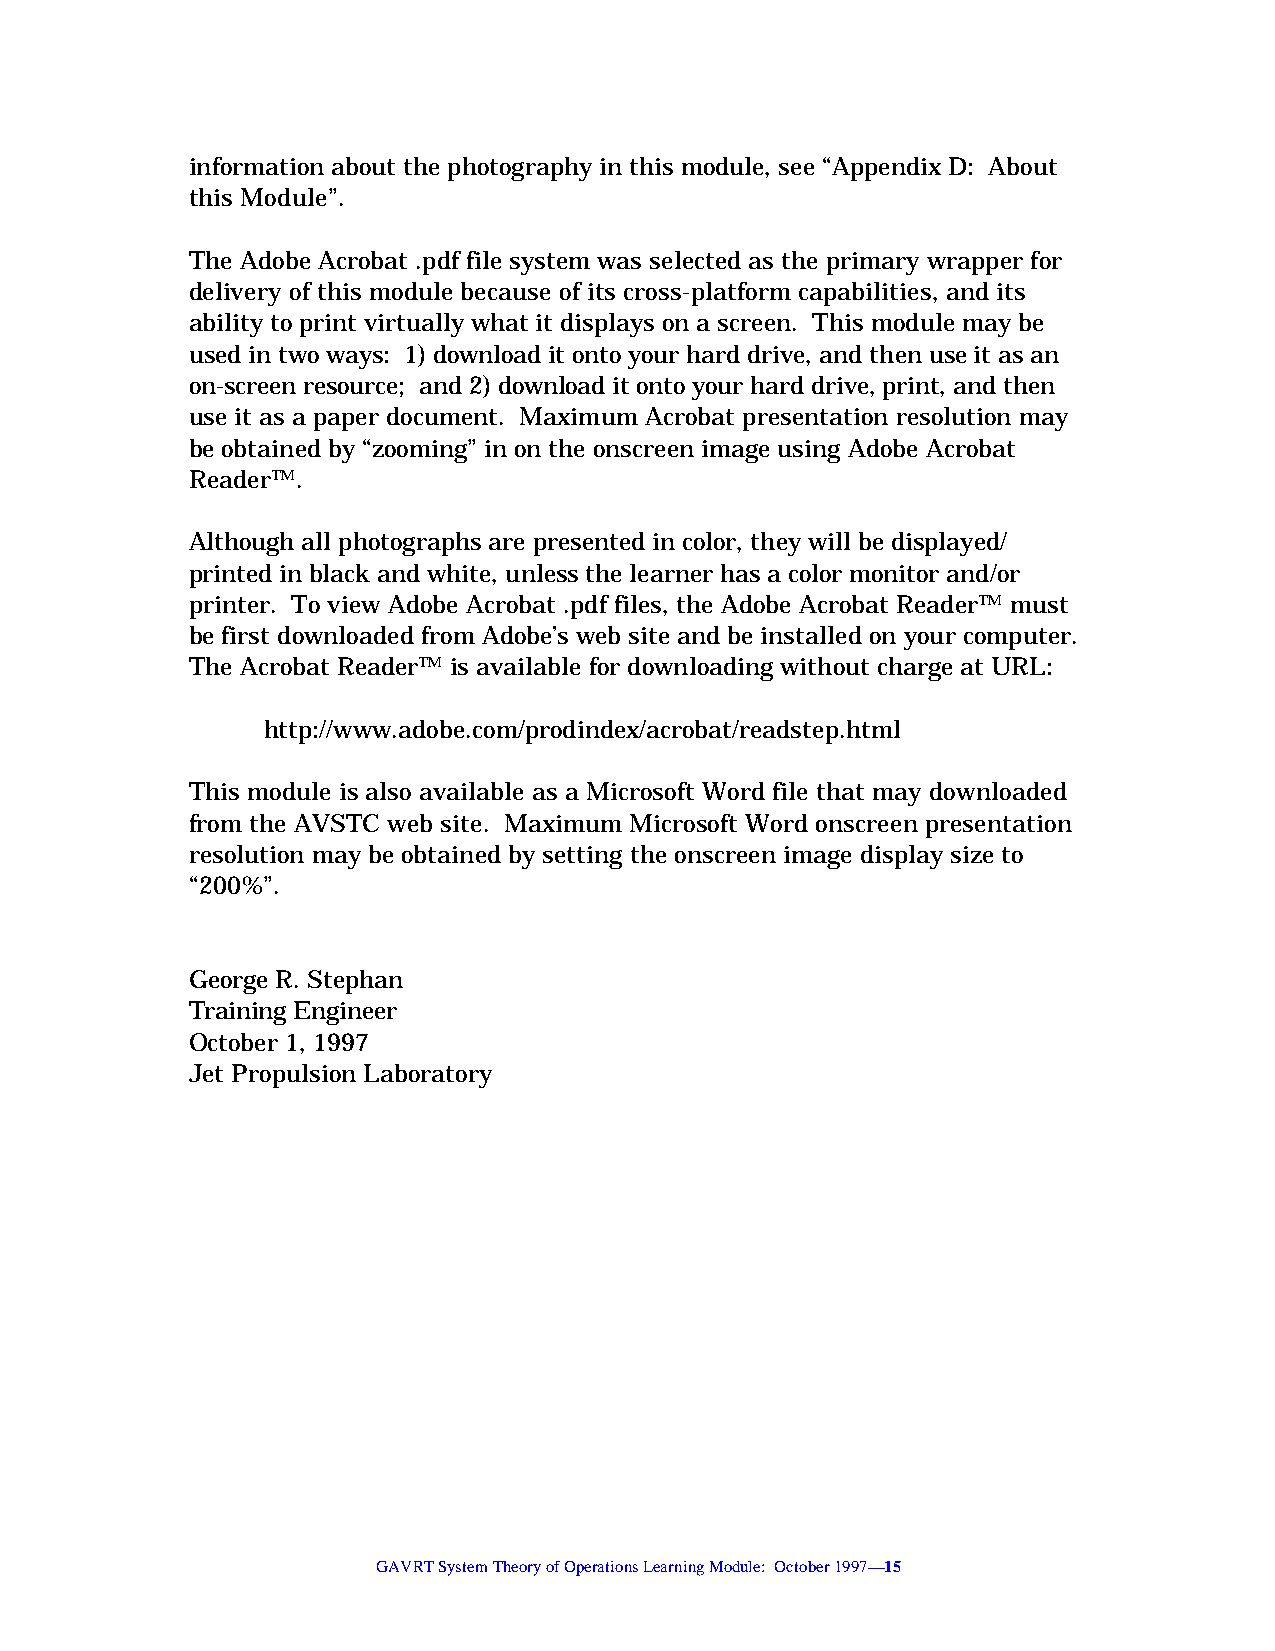
information about the photography in this module, see “Appendix D: About
 this Module”.
 The Adobe Acrobat .pdf file system was selected as the primary wrapper for
 delivery of this module because of its cross-platform capabilities, and its
 ability to print virtually what it displays on a screen. This module may be
 used in two ways: 1) download it onto your hard drive, and then use it as an
 on-screen resource; and 2) download it onto your hard drive, print, and then
 use it as a paper document. Maximum Acrobat presentation resolution may
 be obtained by “zooming” in on the onscreen image using Adobe Acrobat
 Reader™.
 Although all photographs are presented in color, they will be displayed/
 printed in black and white, unless the learner has a color monitor and/or
 printer. To view Adobe Acrobat .pdf files, the Adobe Acrobat Reader™ must
 be first downloaded from Adobe’s web site and be installed on your computer.
 The Acrobat Reader™ is available for downloading without charge at URL:
 http://www.adobe.com/prodindex/acrobat/readstep.html
 This module is also available as a Microsoft Word file that may downloaded
 from the AVSTC web site. Maximum Microsoft Word onscreen presentation
 resolution may be obtained by setting the onscreen image display size to
 “200%”.
 George R. Stephan
 Training Engineer
 October 1, 1997
 Jet Propulsion Laboratory
 GAVRT System Theory of Operations Learning Module: October 1997—15